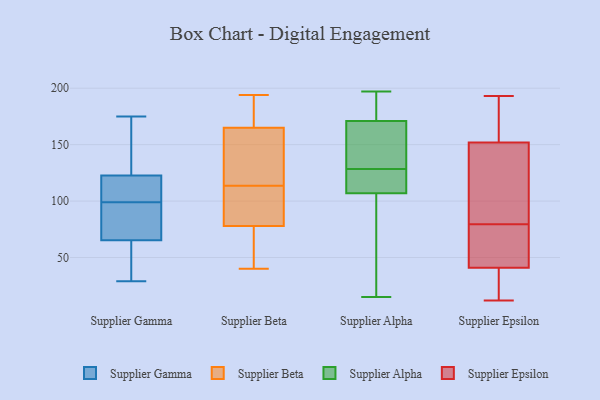
{"axis": {"x": "Tickets Resolved", "y": "Value"}, "legend": ["Supplier Alpha", "Supplier Beta", "Supplier Epsilon", "Supplier Gamma"], "data": [{"x": "", "y": 56, "type": "Supplier Gamma"}, {"x": "", "y": 69, "type": "Supplier Gamma"}, {"x": "", "y": 29, "type": "Supplier Gamma"}, {"x": "", "y": 110, "type": "Supplier Gamma"}, {"x": "", "y": 127, "type": "Supplier Gamma"}, {"x": "", "y": 87, "type": "Supplier Gamma"}, {"x": "", "y": 99, "type": "Supplier Gamma"}, {"x": "", "y": 175, "type": "Supplier Gamma"}, {"x": "", "y": 150, "type": "Supplier Gamma"}, {"x": "", "y": 64, "type": "Supplier Gamma"}, {"x": "", "y": 110, "type": "Supplier Gamma"}, {"x": "", "y": 104, "type": "Supplier Gamma"}, {"x": "", "y": 29, "type": "Supplier Gamma"}, {"x": "", "y": 71, "type": "Supplier Gamma"}, {"x": "", "y": 151, "type": "Supplier Gamma"}, {"x": "", "y": 109, "type": "Supplier Beta"}, {"x": "", "y": 194, "type": "Supplier Beta"}, {"x": "", "y": 152, "type": "Supplier Beta"}, {"x": "", "y": 40, "type": "Supplier Beta"}, {"x": "", "y": 165, "type": "Supplier Beta"}, {"x": "", "y": 167, "type": "Supplier Beta"}, {"x": "", "y": 91, "type": "Supplier Beta"}, {"x": "", "y": 147, "type": "Supplier Beta"}, {"x": "", "y": 169, "type": "Supplier Beta"}, {"x": "", "y": 91, "type": "Supplier Beta"}, {"x": "", "y": 118, "type": "Supplier Beta"}, {"x": "", "y": 78, "type": "Supplier Beta"}, {"x": "", "y": 45, "type": "Supplier Beta"}, {"x": "", "y": 85, "type": "Supplier Beta"}, {"x": "", "y": 136, "type": "Supplier Beta"}, {"x": "", "y": 68, "type": "Supplier Beta"}, {"x": "", "y": 194, "type": "Supplier Beta"}, {"x": "", "y": 67, "type": "Supplier Beta"}, {"x": "", "y": 196, "type": "Supplier Alpha"}, {"x": "", "y": 147, "type": "Supplier Alpha"}, {"x": "", "y": 171, "type": "Supplier Alpha"}, {"x": "", "y": 124, "type": "Supplier Alpha"}, {"x": "", "y": 133, "type": "Supplier Alpha"}, {"x": "", "y": 197, "type": "Supplier Alpha"}, {"x": "", "y": 26, "type": "Supplier Alpha"}, {"x": "", "y": 15, "type": "Supplier Alpha"}, {"x": "", "y": 118, "type": "Supplier Alpha"}, {"x": "", "y": 107, "type": "Supplier Alpha"}, {"x": "", "y": 67, "type": "Supplier Epsilon"}, {"x": "", "y": 12, "type": "Supplier Epsilon"}, {"x": "", "y": 166, "type": "Supplier Epsilon"}, {"x": "", "y": 187, "type": "Supplier Epsilon"}, {"x": "", "y": 176, "type": "Supplier Epsilon"}, {"x": "", "y": 65, "type": "Supplier Epsilon"}, {"x": "", "y": 65, "type": "Supplier Epsilon"}, {"x": "", "y": 39, "type": "Supplier Epsilon"}, {"x": "", "y": 136, "type": "Supplier Epsilon"}, {"x": "", "y": 13, "type": "Supplier Epsilon"}, {"x": "", "y": 193, "type": "Supplier Epsilon"}, {"x": "", "y": 121, "type": "Supplier Epsilon"}, {"x": "", "y": 41, "type": "Supplier Epsilon"}, {"x": "", "y": 152, "type": "Supplier Epsilon"}, {"x": "", "y": 27, "type": "Supplier Epsilon"}, {"x": "", "y": 85, "type": "Supplier Epsilon"}, {"x": "", "y": 129, "type": "Supplier Epsilon"}, {"x": "", "y": 74, "type": "Supplier Epsilon"}]}